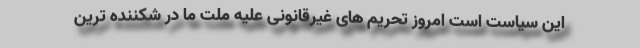
این سیاست است امروز تحریم های غیرقانونی علیه ملت ما در شکننده ترین